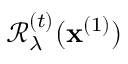
\mathcal { R } _ { \lambda } ^ { ( t ) } ( \mathbf { x } ^ { ( 1 ) } )